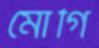
মোগি